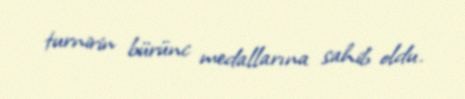
turnirin bürünc medallarına sahib oldu.